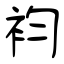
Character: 袀